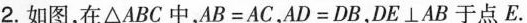
2.如图，在△ABC中，$$AB=AC$$，$$AD=DB$$，$$DE⊥AB$$于点E.